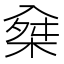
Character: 𣔕